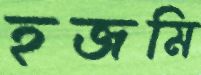
হজমি